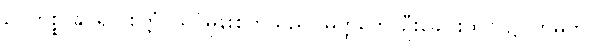
ဥပဟစ္စ၊ နှိပ်၍။ စက္ကံ၊ သင်ဓုန်းစက်သည်။ မတ္ထကေ၊ ဦးခေါင်းထက်၌။ ဘမတိ၊